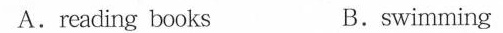
A.reading books B.swimming